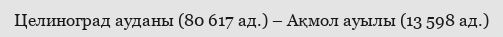
Целиноград ауданы (80 617 ад.) – Ақмол ауылы (13 598 ад.)